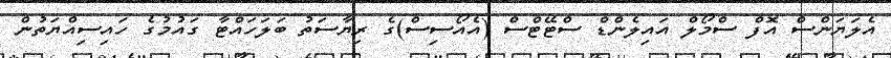
އެލަޔަންސް އޮފް ސްމޯލް އައިލެންޑް ސްޓޭޓްސް (އެއޯސިސް)ގެ ރިޔާސަތު ބަލަހައްޓާ ގައުމުގެ ހައިސިއްޔަތުން